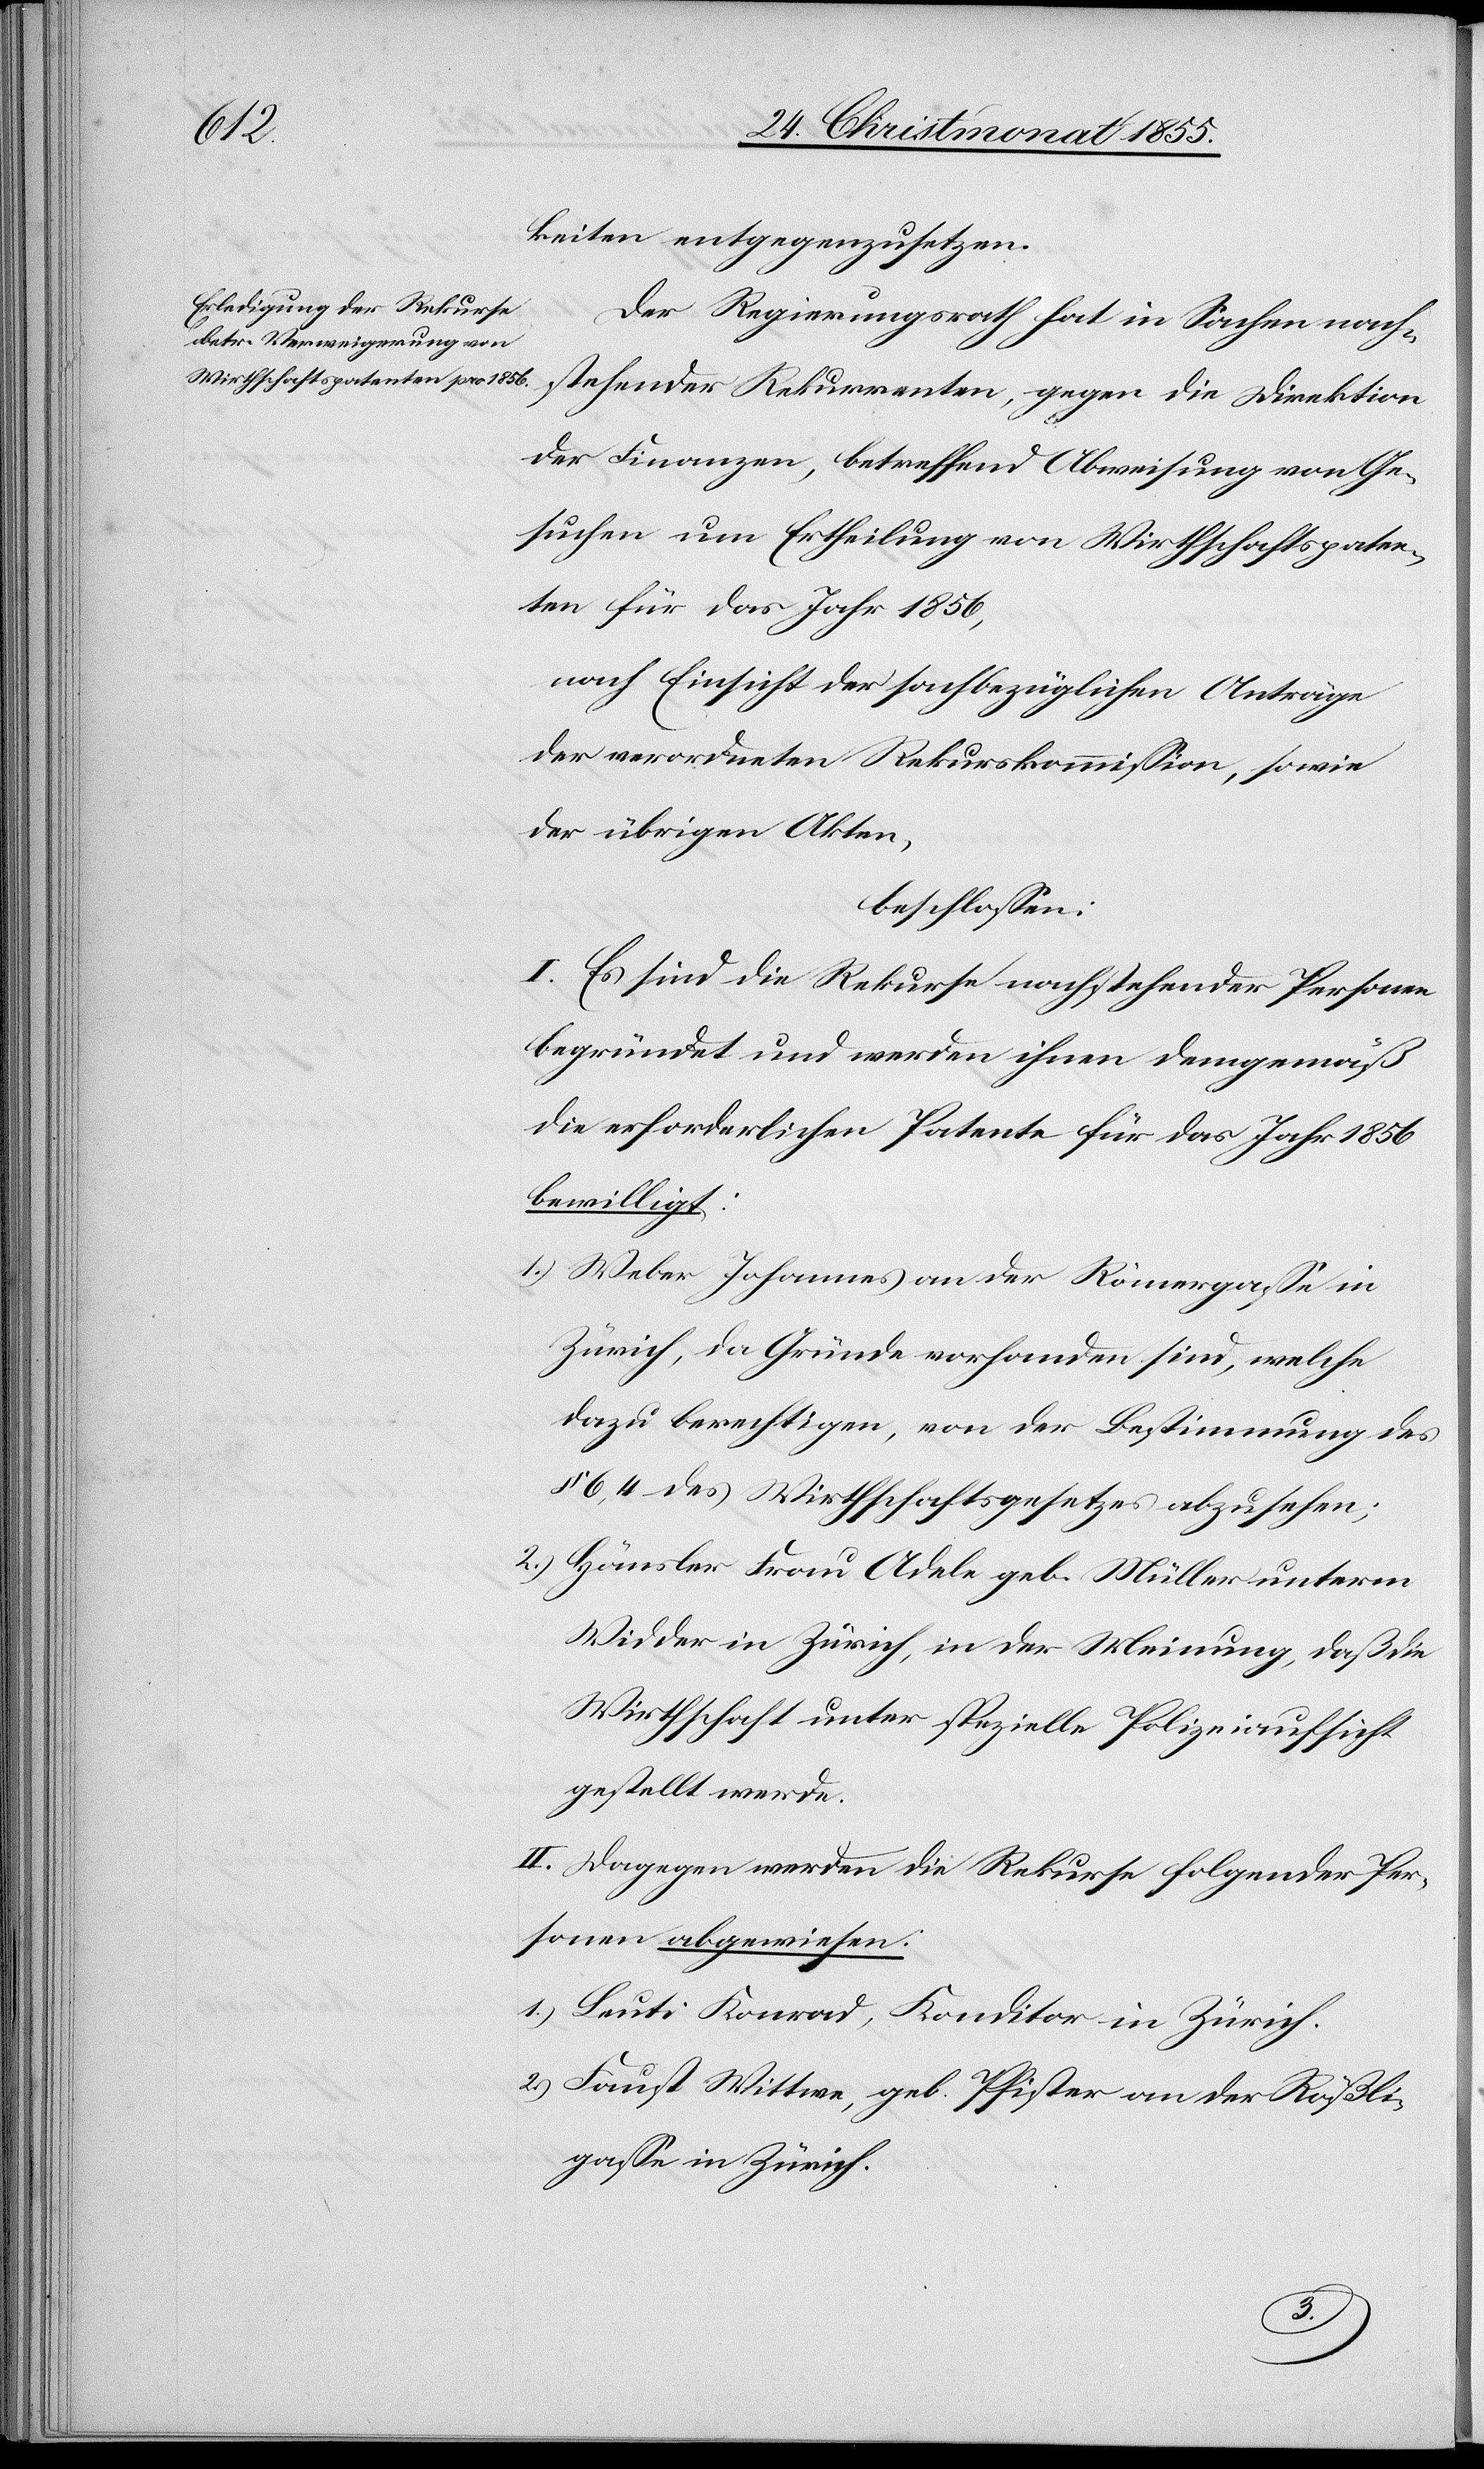
keiten entgegenzusetzen.
Der Regierungsrath hat in Sachen nach¬
stehender Rekurrenten, gegen die Direktion
der Finanzen, betreffend Abweisung von Ge¬
suchen um Ertheilung von Wirthschaftspaten¬
ten für das Jahr 1856,
nach Einsicht der sachbezüglichen Anträge
der verordneten Rekurskommission, sowie
der übrigen Akten,
beschlossen:
I. Es sind die Rekurse nachstehender Personen
begründet und werden ihnen demgemäß
die erforderlichen Patente für das Jahr 1856
bewilligt:
Weber Johannes an der Römergasse in
Zürich, da Gründe vorhanden sind, welche
dazu berechtigen, von der Bestimmung des
§ 6, 4 des Wirthschaftsgesetzes abzusehen;
Hänsler Frau Adele geb. Müller unterm
Widder in Zürich, in der Meinung, daß die
Wirthschaft unter spezielle Polizeiaufsicht
gestellt werde.
II. Dagegen werden die Rekurse folgender Per¬
sonen abgewiesen:
Leuti Konrad, Konditor in Zürich.
Faust Wittwe, geb. Pfister an der Rößli¬
gasse in Zürich.